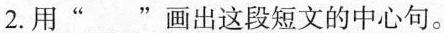
2.用“___”画出这段短文的中心句。